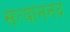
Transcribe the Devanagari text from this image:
सत्याननद